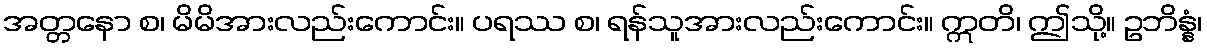
အတ္တနော စ၊ မိမိအားလည်းကောင်း။ ပရဿ စ၊ ရန်သူအားလည်းကောင်း။ ဣတိ၊ ဤသို့။ ဥဘိန္နံ၊